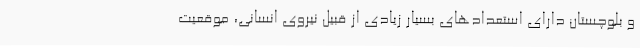
و بلوچستان دارای استعدادهای بسیار زیادی از قبیل نیروی انسانی، موقعیت